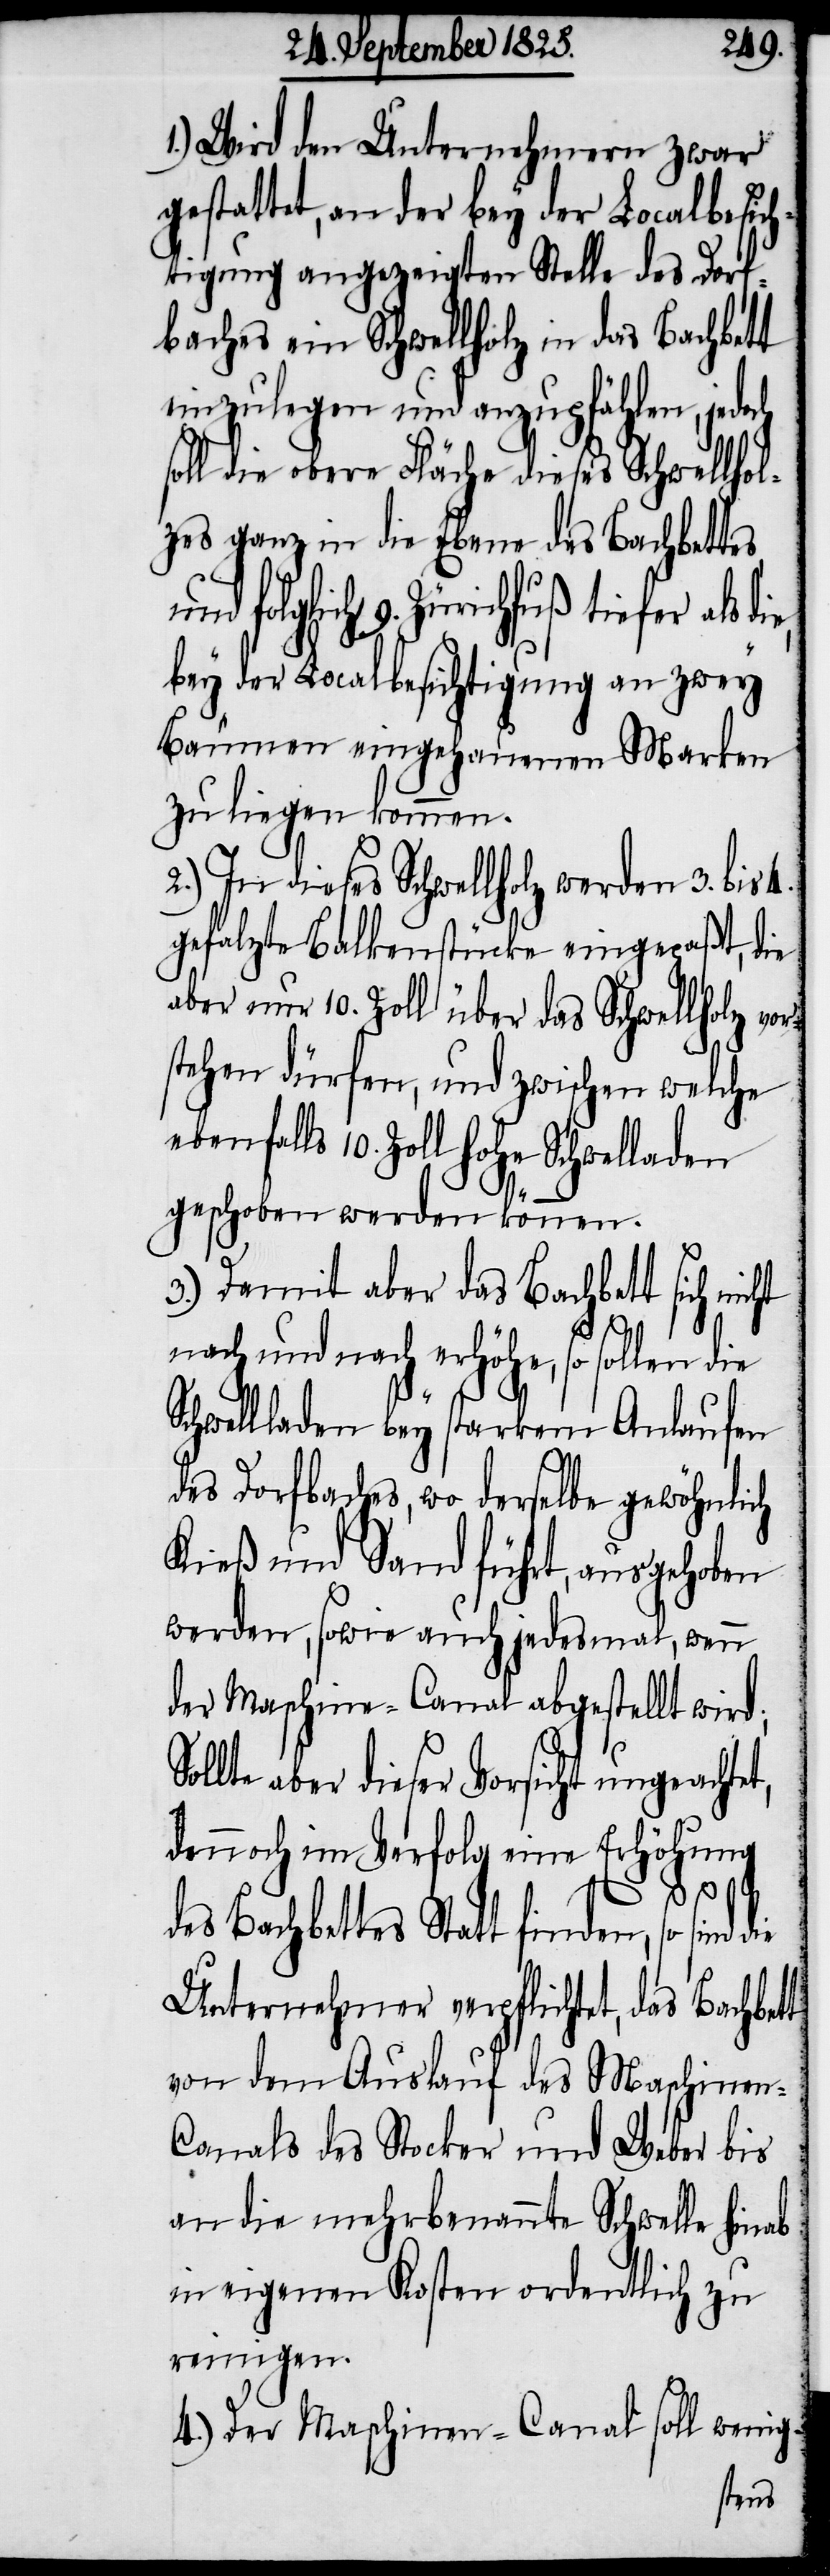
1.) Wird den Unternehmern zwar
gestattet, an der bey der Localbesich¬
tigung angezeigten Stelle des Dorf¬
baches ein Schwellholz in das Bachbett
einzulegen und anzupfählen, jedoch
soll die obere Fläche dieses Schwellhol¬
zes ganz in die Ebene des Bachbette¬
nd folglich 9. Zürichfuß tiefer als
bey der Localbesichtigung an zwey
Bäumen eingehauenen Marken
zu liegen kommen.
2.) In dieses Schwellholz werden 3. bis
gefalzte Balkenstücke eingepaßt, die
aber nur 10. Zoll über das Schwellholz vor¬
stehen dürfen, und zwischen welche
ebenfalls 10. Zoll hohe Schwelladen
geschoben werden können.
3.) Damit aber das Bachblatt sich
nach und nach erhöhe, so sollen die
lladen bey starkem Anlaufen
des Dorfbaches, wo derselbe gewöhnlich
Kieß und Sand führt, ausgehoben
werden, sowie auch jedesmal, wenn
der Maschine-Canal abgestellt wird;
aber dieser Vorsicht ungeach¬
dennoch im Verfolg eine Erhöhung
Schwel¬
des Bachbettes Statt finden, so sind die
Unternehmer verpflichtet, das Bachbett
von dem Auslauf des Maschinen-C¬
anals des Stocker und Weber bis
an die mehrbenannte Schwelle hinab
in eigenen Kosten ordentlich zu
reinigen.
4.) Der Maschinen-Canal soll wenig-
tet,